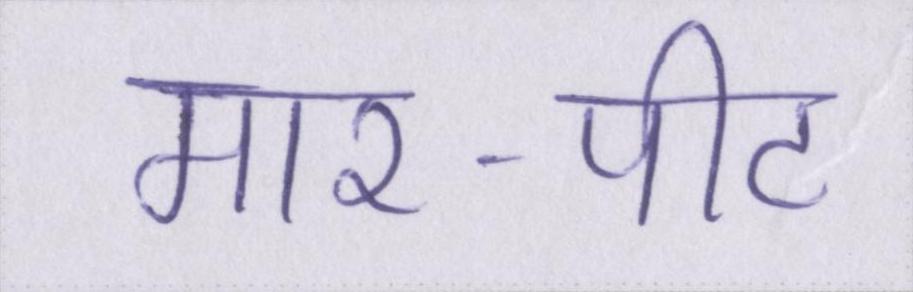
मार-पीट